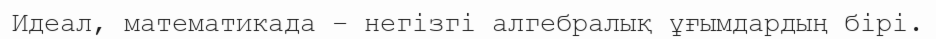
Идеал, математикада – негізгі алгебралық ұғымдардың бірі.